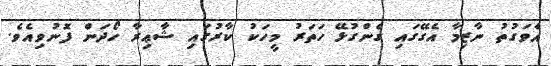
އެވަގުތު ނާޒިމާ އެގޭގައި ގެންގުޅޭ ހަތަރު މީހަކު ކާރުގައި ޝާޢިރާ ހޯދަން ފޮނުވިއެވެ.